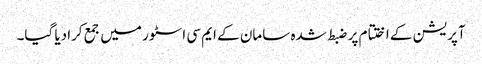
آپریشن کے اختتام پر ضبط شدہ سامان کے ایم سی اسٹور میں جمع کرادیا گیا۔